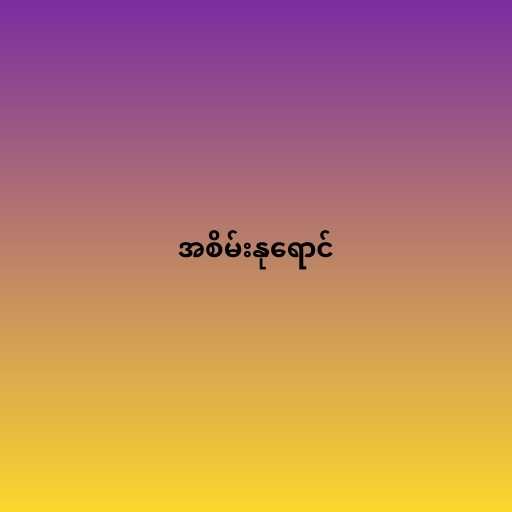
အစိမ်းနုရောင်